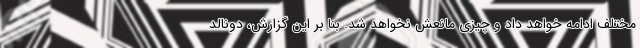
مختلف ادامه خواهد داد و چیزی مانعش نخواهد شد. بنا بر این گزارش، دونالد